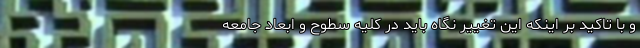
و با تاکید بر اینکه این تغییر نگاه باید در کلیه سطوح و ابعاد جامعه